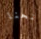
منحنا